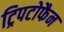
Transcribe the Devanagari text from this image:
ट्रिपटोफैन